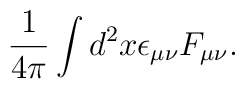
\frac{1}{4\pi} \int d^2 x \epsilon_{\mu \nu} F_{\mu \nu}.